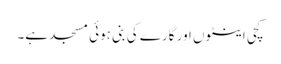
کچی اینٹوں اور گارے کی بنی ہوئی مسجد ہے۔